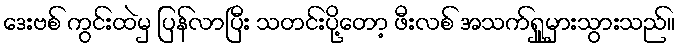
ဒေးဗစ် ကွင်းထဲမှ ပြန်လာပြီး သတင်းပို့တော့ ဖီးလစ် အသက်ရှူမှားသွားသည်။